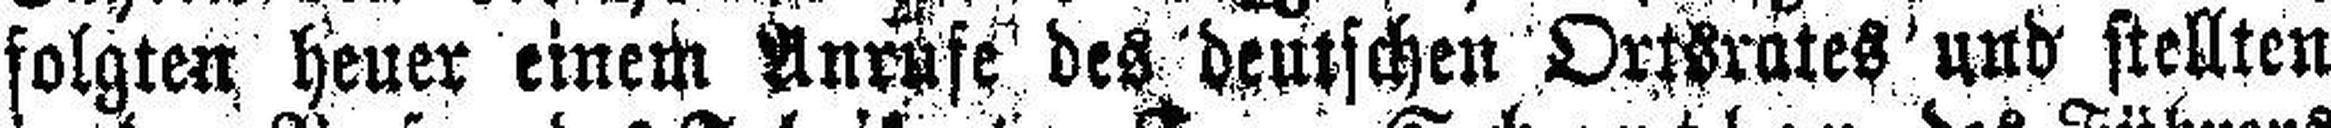
folgten heuer einem Anrufe des deutschen Ortsrates und stellten